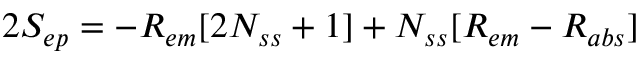
2 S _ { e p } = - R _ { e m } [ 2 N _ { s s } + 1 ] + N _ { s s } [ R _ { e m } - R _ { a b s } ]